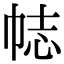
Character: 𢂴